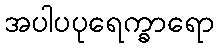
အပါပပုရေက္ခာရော